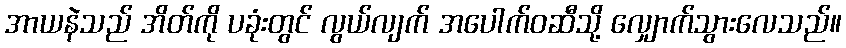
အာယနဲသည် အိတ်ကို ပခုံးတွင် လွယ်လျက် အပေါက်ဝဆီသို့ လျှောက်သွားလေသည်။